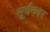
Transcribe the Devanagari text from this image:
सूर्यनगर